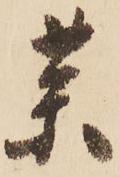
薬